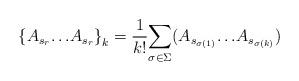
LaTeX: \begin{align*}{\lbrace {A_{s_r}}{\ldots} {A_{s_r}\rbrace}_{k} ={1\over k!}{\sum_{\sigma {\in} {\Sigma}}}{(A_{s_{\sigma (1)}}{\ldots}{A_{s_{\sigma(k)}}}}})\end{align*}